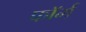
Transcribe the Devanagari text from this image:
फाॅर्म